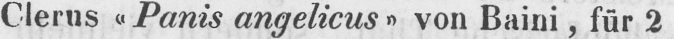
Clerus «Panis angelicus» von Baini, für 2